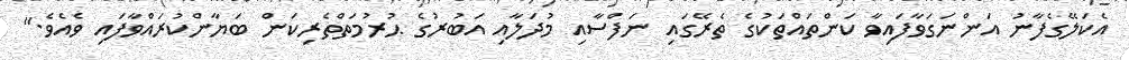
އެކަލޭގެފާނު އަންނަގަވާފައިވާ ކަންތައްތަކުގެ ތެރޭގައި ނަފްސާއި މުދަލާއި އަބުރުގެ ޙުރުމަތްތެރިކަން ބަޔާންކުރައްވާފައި ވެއެވެ."